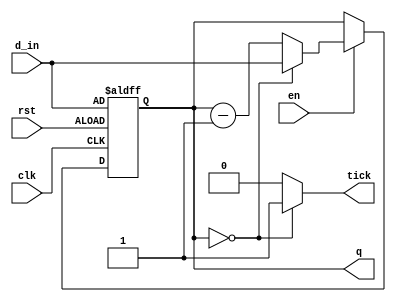
module timertwo
    #(parameter BITS = 8)
(
    input clk,   
    input rst,    
    input en,    
    input [BITS - 1 : 0] d_in,  
    output [BITS - 1 : 0] q,    
    output tick                 
);
    reg [BITS - 1 : 0] rCounter;
    wire [BITS - 1 : 0] rNext;
    always @(posedge clk, posedge rst)
    begin
        if (rst)
            rCounter <= d_in;
        else
            if (en) begin
                rCounter <= rNext;
            end            
    end  
    assign rNext = (rCounter == 0) ? d_in : rCounter - 1;
    assign tick = (rCounter == 0) ? 1'b1 : 1'b0;
    assign q = rCounter;
endmodule